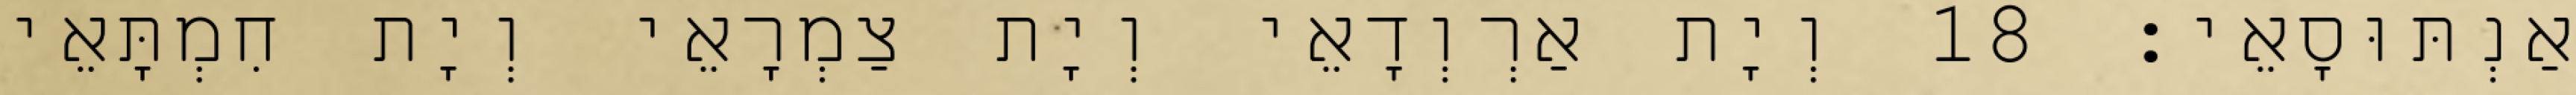
אַנְתּוּסָאֵי׃ 18 וְיָת אַרְוְדָאֵי וְיָת צַמְרָאֵי וְיָת חִמְתָּאֵי